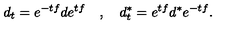
d _ { t } = e ^ { - t f } d e ^ { t f } \quad , \quad d _ { t } ^ { \ast } = e ^ { t f } d ^ { \ast } e ^ { - t f } .